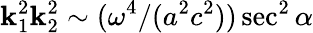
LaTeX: \mathbf{k}_{1}^{2}\mathbf{k}_{2}^{2}\sim(\omega^{4}/(a^{2}c^{2}))\sec^{2}\alpha